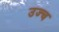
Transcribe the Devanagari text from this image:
उज्च